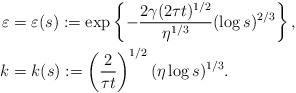
\begin{align*}\varepsilon &= \varepsilon(s) :=\exp\left\{- \frac{2\gamma(2\tau t)^{1/2}}{\eta^{1/3}}(\log s)^{2/3}\right\},\\k&=k(s) := \left(\frac{2}{\tau t}\right)^{1/2}(\eta\log s)^{1/3}.\end{align*}